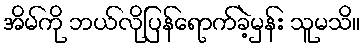
အိမ်ကို ဘယ်လိုပြန်ရောက်ခဲ့မှန်း သူမသိ။